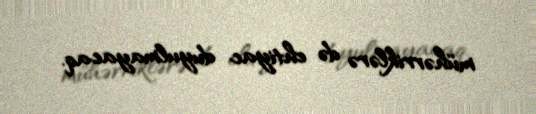
mühərriklərə də ehtiyac duyulmayacaq.